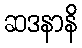
ဆဒနာနိ